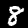
Digit: 8